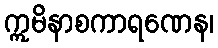
ဣမိနာစကာရဏေန၊